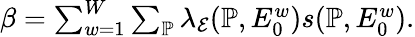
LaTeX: \begin{array}{r}{\beta=\sum_{w=1}^{W}\sum_{\mathbb{P}}\lambda_{\mathcal{E}}({\mathbb{P}},E_{0}^{w})s(\mathbb{P},E_{0}^{w}).}\end{array}